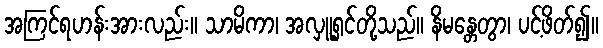
အကြင်ရဟန်းအားလည်း။ သာမိကာ၊ အလှူ့ရှင်တို့သည်။ နိမန္တေတွာ၊ ပင့်ဖိတ်၍။